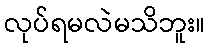
လုပ်ရမလဲမသိဘူး။